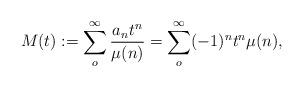
LaTeX: \begin{align*}M(t) := \sum _o^\infty \frac{a_n t^n}{\mu (n)} =\sum _o^\infty (-1)^n t^n \mu (n),\end{align*}